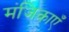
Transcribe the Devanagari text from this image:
मंजिकाएँ